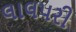
લાલપરી